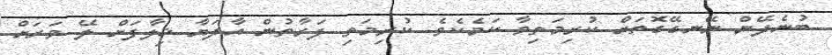
ބުނެދޭން ނޭނގޭގޮތަށް ކުރިމަތިވާ ކަމެކެވެ. ކުރިމަތި ފަރާތުން އާދަޔާ ޚިލާފަށް ލޭ ވަރަށް